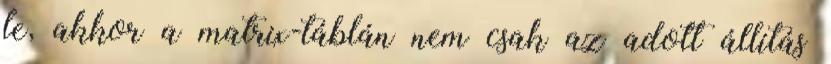
le, akkor a matrix-táblán nem csak az adott állítás